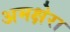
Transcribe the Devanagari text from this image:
अमक्षेरा